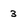
Character: 3